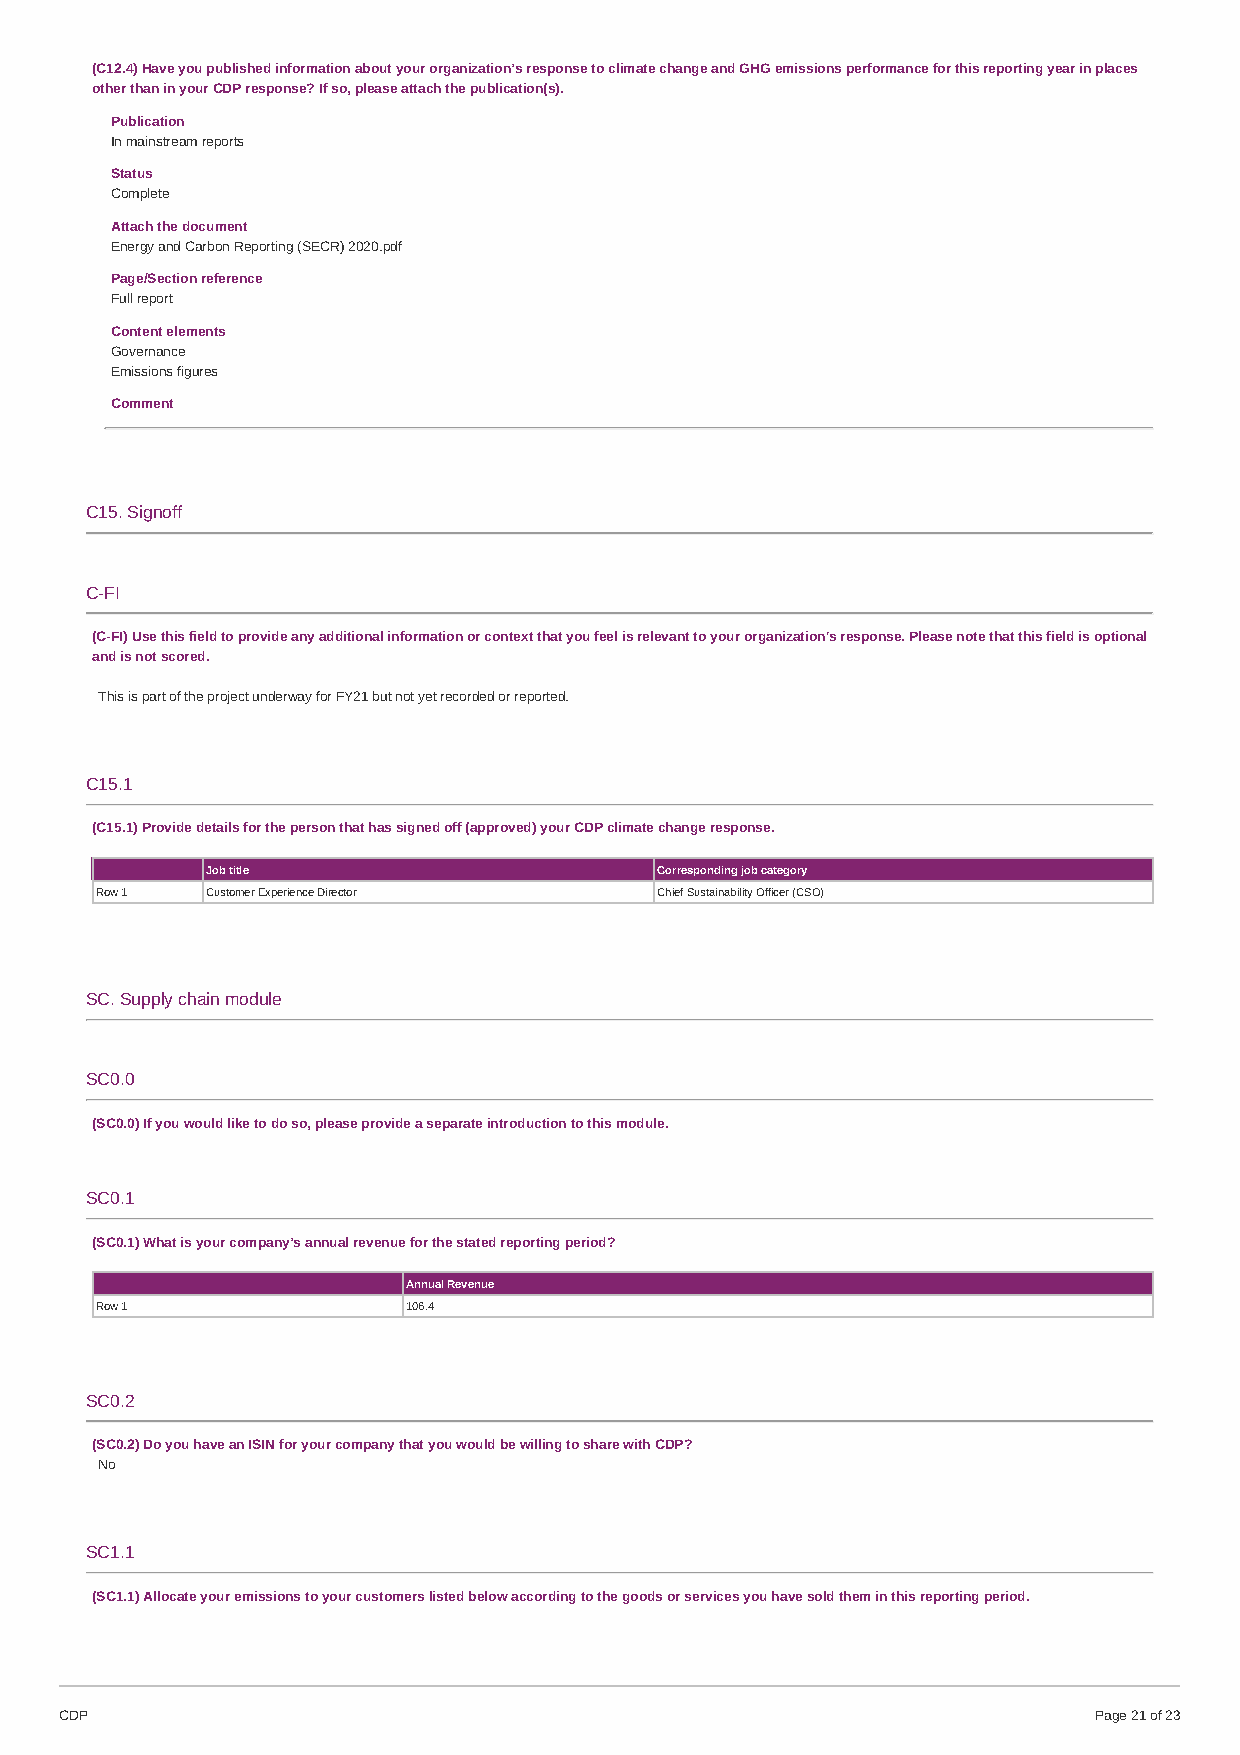
(C12.4) Have you published information about your organization’s response to climate change and GHG emissions performance for this reporting year in places
 other than in your CDP response? If so, please attach the publication(s).
 Publication
 In mainstream reports
 Status
 Complete
 Attach the document
 Energy and Carbon Reporting (SECR) 2020.pdf
 Page/Section reference
 Full report
 Content elements
 Governance
 Emissions figures
 Comment
 C15. Signoff
 C-FI
 (C-FI) Use this field to provide any additional information or context that you feel is relevant to your organization's response. Please note that this field is optional
 and is not scored.
 This is part of the project underway for FY21 but not yet recorded or reported.
 C15.1
 (C15.1) Provide details for the person that has signed off (approved) your CDP climate change response.
 Job title                     Corresponding job category
 Row 1   Customer Experience Director  Chief Sustainability Officer (CSO)
 SC. Supply chain module
 SC0.0
 (SC0.0) If you would like to do so, please provide a separate introduction to this module.
 SC0.1
 (SC0.1) What is your company’s annual revenue for the stated reporting period?
 Annual Revenue
 Row 1                106.4
 SC0.2
 (SC0.2) Do you have an ISIN for your company that you would be willing to share with CDP?
 No
 SC1.1
 (SC1.1) Allocate your emissions to your customers listed below according to the goods or services you have sold them in this reporting period.
 CDP                                                                 Page 21 of 23